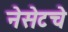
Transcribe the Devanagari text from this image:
नेसेटचे